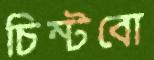
চিম্‌টবো